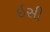
ઇસી